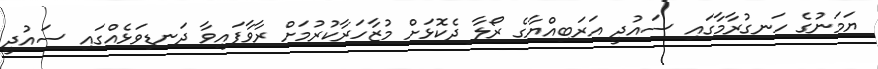
ޔަމަނުގެ ހަނގުރާމާގައި ސައުދީ އަރަބިއްޔާގެ ރޯލާ ދެކޮޅަށް މުޒާހަރާކުރުމަށް ރާވާފައިވާ ދަނޑިވަޅެއްގައި ސައުދީ